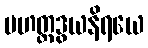
မဟတ္တဒွယနိရယေ